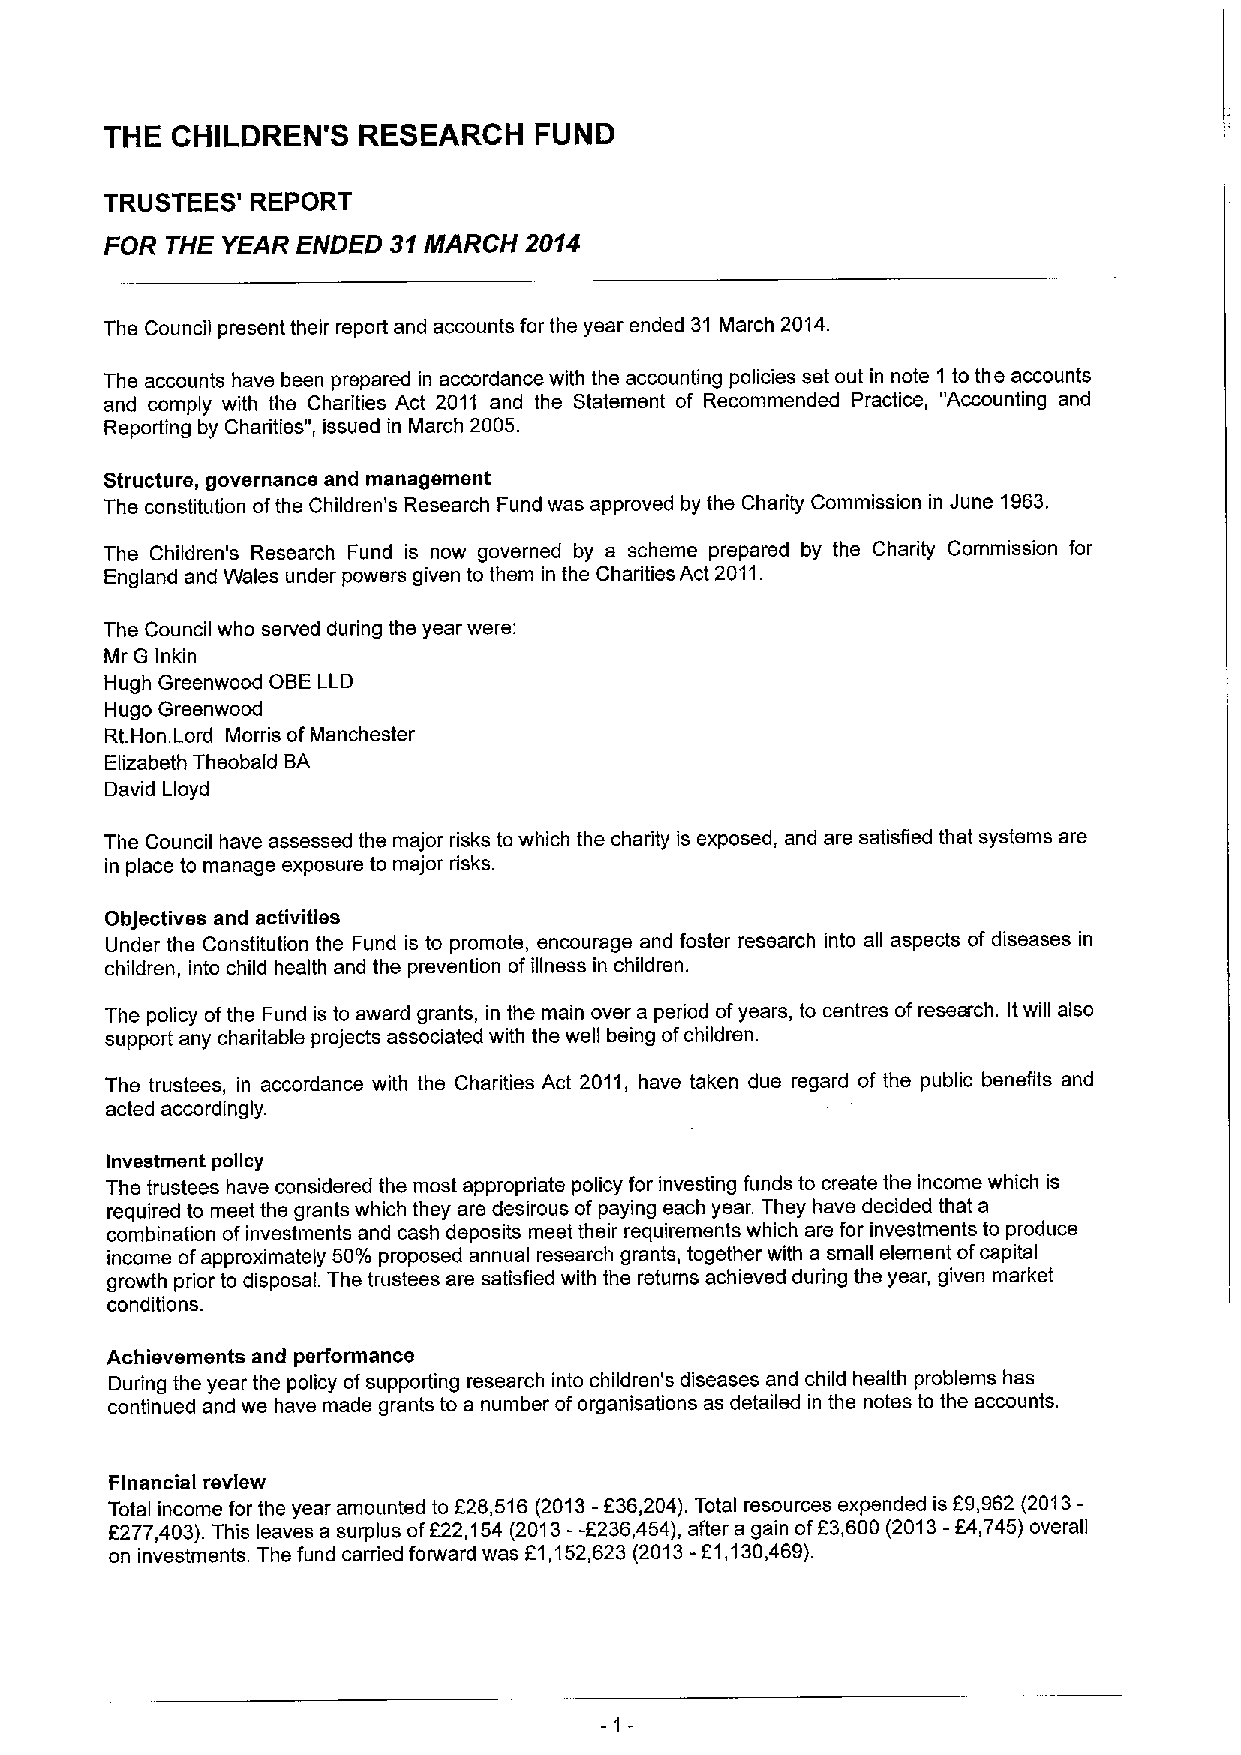
THE CHILDREN'S   RESEARCH   FUND
 TRUSTEES' REPORT
 FOR THE YEAR ENDED 31MARCH  2014
 The Council present their report and accounts for the year ended 31 March 2014.
 The accounts have been prepared in accordance with the accounting policies set out in note 1 to the accounts
 and comply with the Charities Act 2011 and the Statement of Recommended Practice, "Accounting and
 Reporting by Charities", issued in March 2005.
 Structure, governance and management
 The constitution ofthe Children's Research Fund was approved by the Charity Commission in June 1963.
 The Children's Research Fund is now governed by a scheme prepared by the Charity Commission for
 England and Wales under powers given to them in the Charities Act 2011.
 The Council who served during the year were:
 Mr G Inkin
 Hugh Greenwood OBE LLD
 Hugo Greenwood
 Rt.Hon. Lord Morris ofManchester
 Elizabeth Theobald BA
 David Lloyd
 The Council have assessed the major risks to which the charity is exposed, and are satisfied that systems are
 in place to manage exposure to major risks.
 Objectives and activities
 Under the Constitution the Fund is to promote, encourage and foster research into all aspects of diseases in
 children, into child health and the prevention ofillness in children.
 The policy ofthe Fund is to award grants, in the main over a period ofyears, to centres ofresearch. Itwill also
 support any charitable projects associated with the well being ofchildren.
 The trustees, in accordance with the Charities Act 2011, have taken due regard of the public benefits and
 acted accordingly.
 Investment policy
 The trustees have considered the most appropriate policy for investing funds to create the income which is
 required to meet the grants which they are desirous of paying each year. They have decided that a
 combination ofinvestments and cash deposits meet their requirements which are for investments to produce
 income ofapproximately 50%proposed annual research grants, together with a small element ofcapital
 growth prior to disposal. The trustees are satisfied with the returns achieved during the year, given market
 conditions.
 Achievements and performance
 During the year the policy ofsupporting research into children's diseases and child health problems has
 continued and we have made grants to a number oforganisations as detailed in the notes to the accounts.
 Financial review
 Total income for the year amounted to E28,516(2013-f36,204).Total resources expended is 69,962 (2013-
 6277,403).This leaves a surplus ofE22,154 (2013--6236,454), after a gain of63,600 (2013-F4,745) overall
 on investments. The fund carried forward was E1,152,623 (2013-61,130,469).